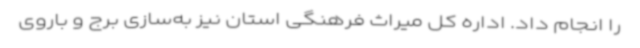
را انجام داد. اداره کل میراث فرهنگی استان نیز به‌سازی برج و باروی